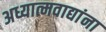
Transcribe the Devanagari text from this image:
अध्यात्मवाद्यांना